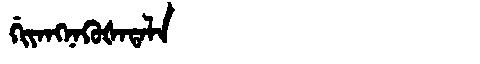
Manchu: ᡤᡳᠶᠠᠩᠨᠠᡴᡠᡧᠠᡨᠠᠯᠠ
Romanization: GIYANGNAKUŠATALA